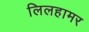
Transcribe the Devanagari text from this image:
लिलहामर